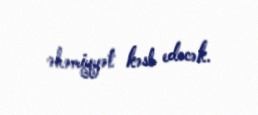
əhəmiyyət kəsb edəcək.